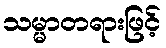
သမ္မာတရားဖြင့်